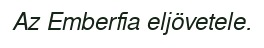
Az Emberfia eljövetele.